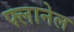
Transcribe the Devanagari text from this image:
फ्लानेल